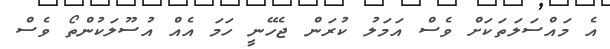
އެ މައްސަލަތަކަށް ވެސް އަމަލު ކުރަން ޖެހޭނީ ހަމަ އެއް އުސޫލަކުންތޯ ވެސް